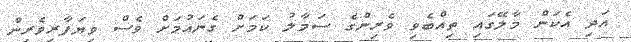
އަދި އެކަން މާލޭގައި ތިއްބެވި ވެރިންގެ ސަމާލު ކަމަށް ގެނައުމަށް ވެސް ވިޔަފާރިވެރިން